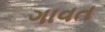
ગાવત